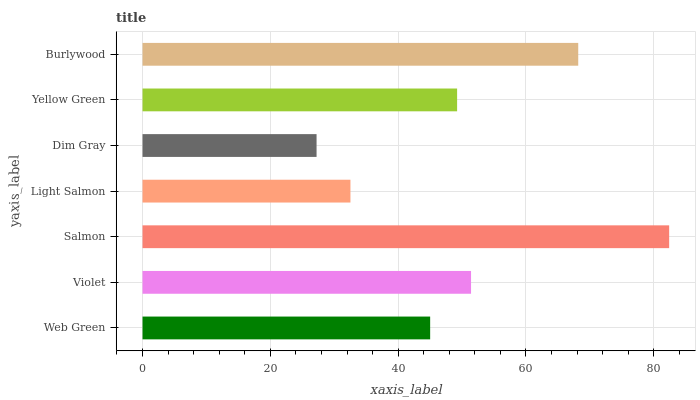
| yaxis_label | bars |
 | --- | --- |
 | Web Green | 45 |
 | Violet | 51.4 |
 | Salmon | 82.4 |
 | Light Salmon | 32.5 |
 | Dim Gray | 27.2 |
 | Yellow Green | 49.2 |
 | Burlywood | 68.2 |